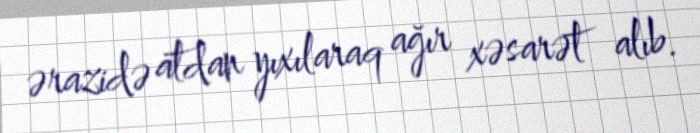
ərazidə atdan yıxılaraq ağır xəsarət alıb.